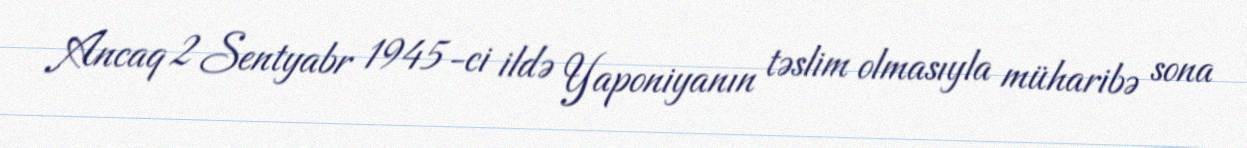
Ancaq 2 Sentyabr 1945-ci ildə Yaponiyanın təslim olmasıyla müharibə sona